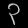
Digit: ၃